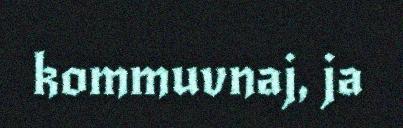
kommuvnaj, ja